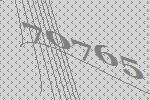
70765